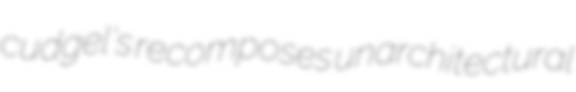
cudgel's recomposes unarchitectural